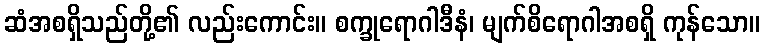
ဆံအစရှိသည်တို့၏ လည်းကောင်း။ စက္ခုရောဂါဒီနံ၊ မျက်စိရောဂါအစရှိ ကုန်သော။